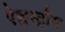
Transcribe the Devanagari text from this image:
ऐह्लस्ट्रौम